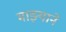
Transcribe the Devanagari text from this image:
माझ्याने